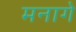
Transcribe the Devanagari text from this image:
मनागे